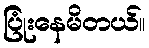
ပြုံးနေမိတယ်။